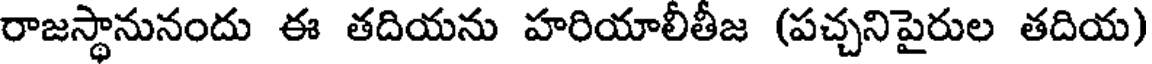
రాజస్థానునందు ఈ తదియను హరియాలీతీజ (పచ్చనిపైరుల తదియ)